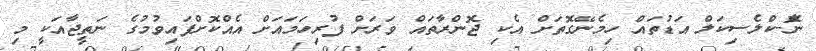
ނެޮ-ކްލެސިކަލް އަޑުތައް ހިމެނޭގޮތަށް އެކި ޖޮންރާތައް ވަރަށް ފުރިހަމައަށް އެއްކޮށްފައިވުމުގެ ނަތީޖާއަކީ މި